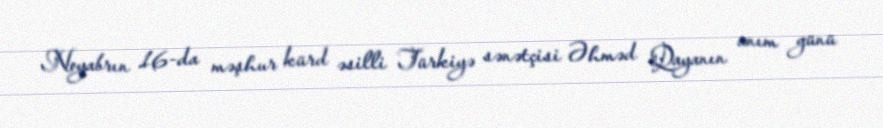
Noyabrın 16-da məşhur kürd əsilli Türkiyə sənətçisi Əhməd Qayanın anım günü